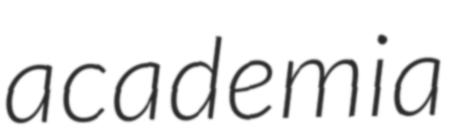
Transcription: academia